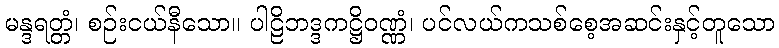
မန္ဒရတ္တံ၊ စဉ်းငယ်နီသော။ ပါဠိဘဒ္ဒကဋ္ဌိဝဏ္ဏံ၊ ပင်လယ်ကသစ်စေ့အဆင်းနှင့်တူသော